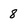
Character: 8